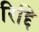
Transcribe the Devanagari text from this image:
रिद्दि